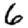
Digit: 6